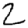
Digit: 2